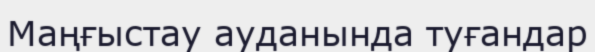
Маңғыстау ауданында туғандар